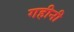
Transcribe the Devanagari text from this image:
गहीनी